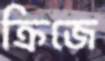
ক্রিজে